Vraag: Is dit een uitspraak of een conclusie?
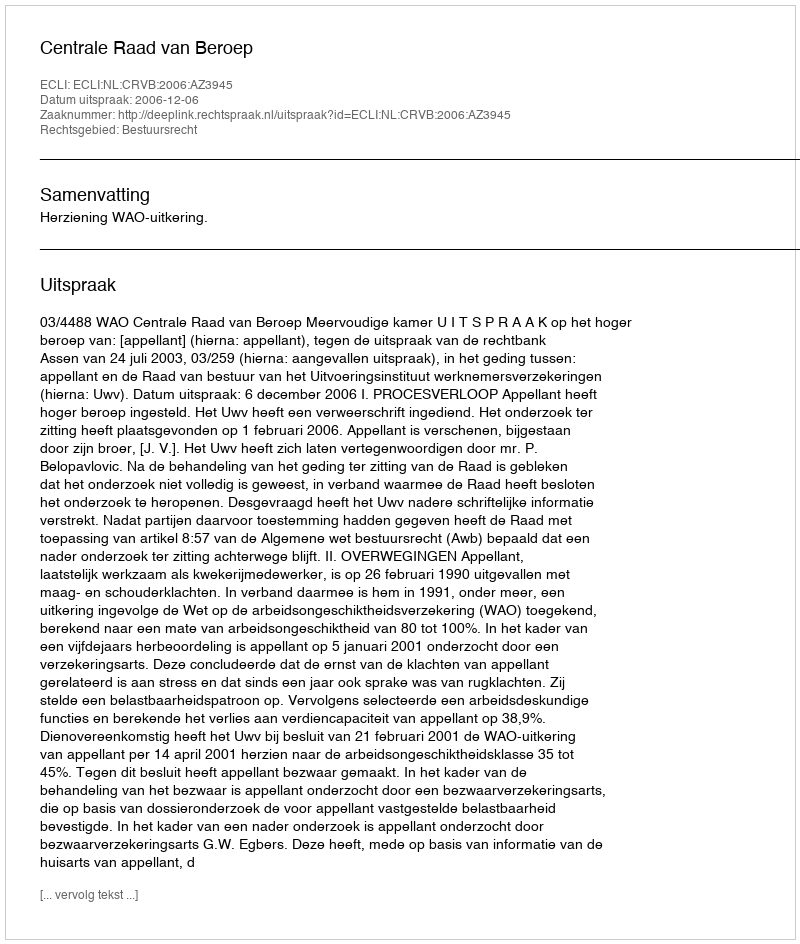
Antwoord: Uitspraak